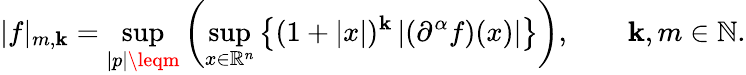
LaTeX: |f|_{m,\mathbf{k}}=\operatorname*{sup}_{|p|\leqm}\left(\operatorname*{sup}_{x\in\mathbb{{R}}^{n}}\left\{ (1+|x|)^{\mathbf{k}}\left|(\partial^{\alpha}f)(x)\right|\right\} \right),\qquad\mathbf{k},m\in\mathbb{{N}}.